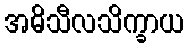
အဓိသီလသိက္ခာယ